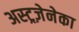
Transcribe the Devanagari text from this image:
अस्ट्रज़ेनेका